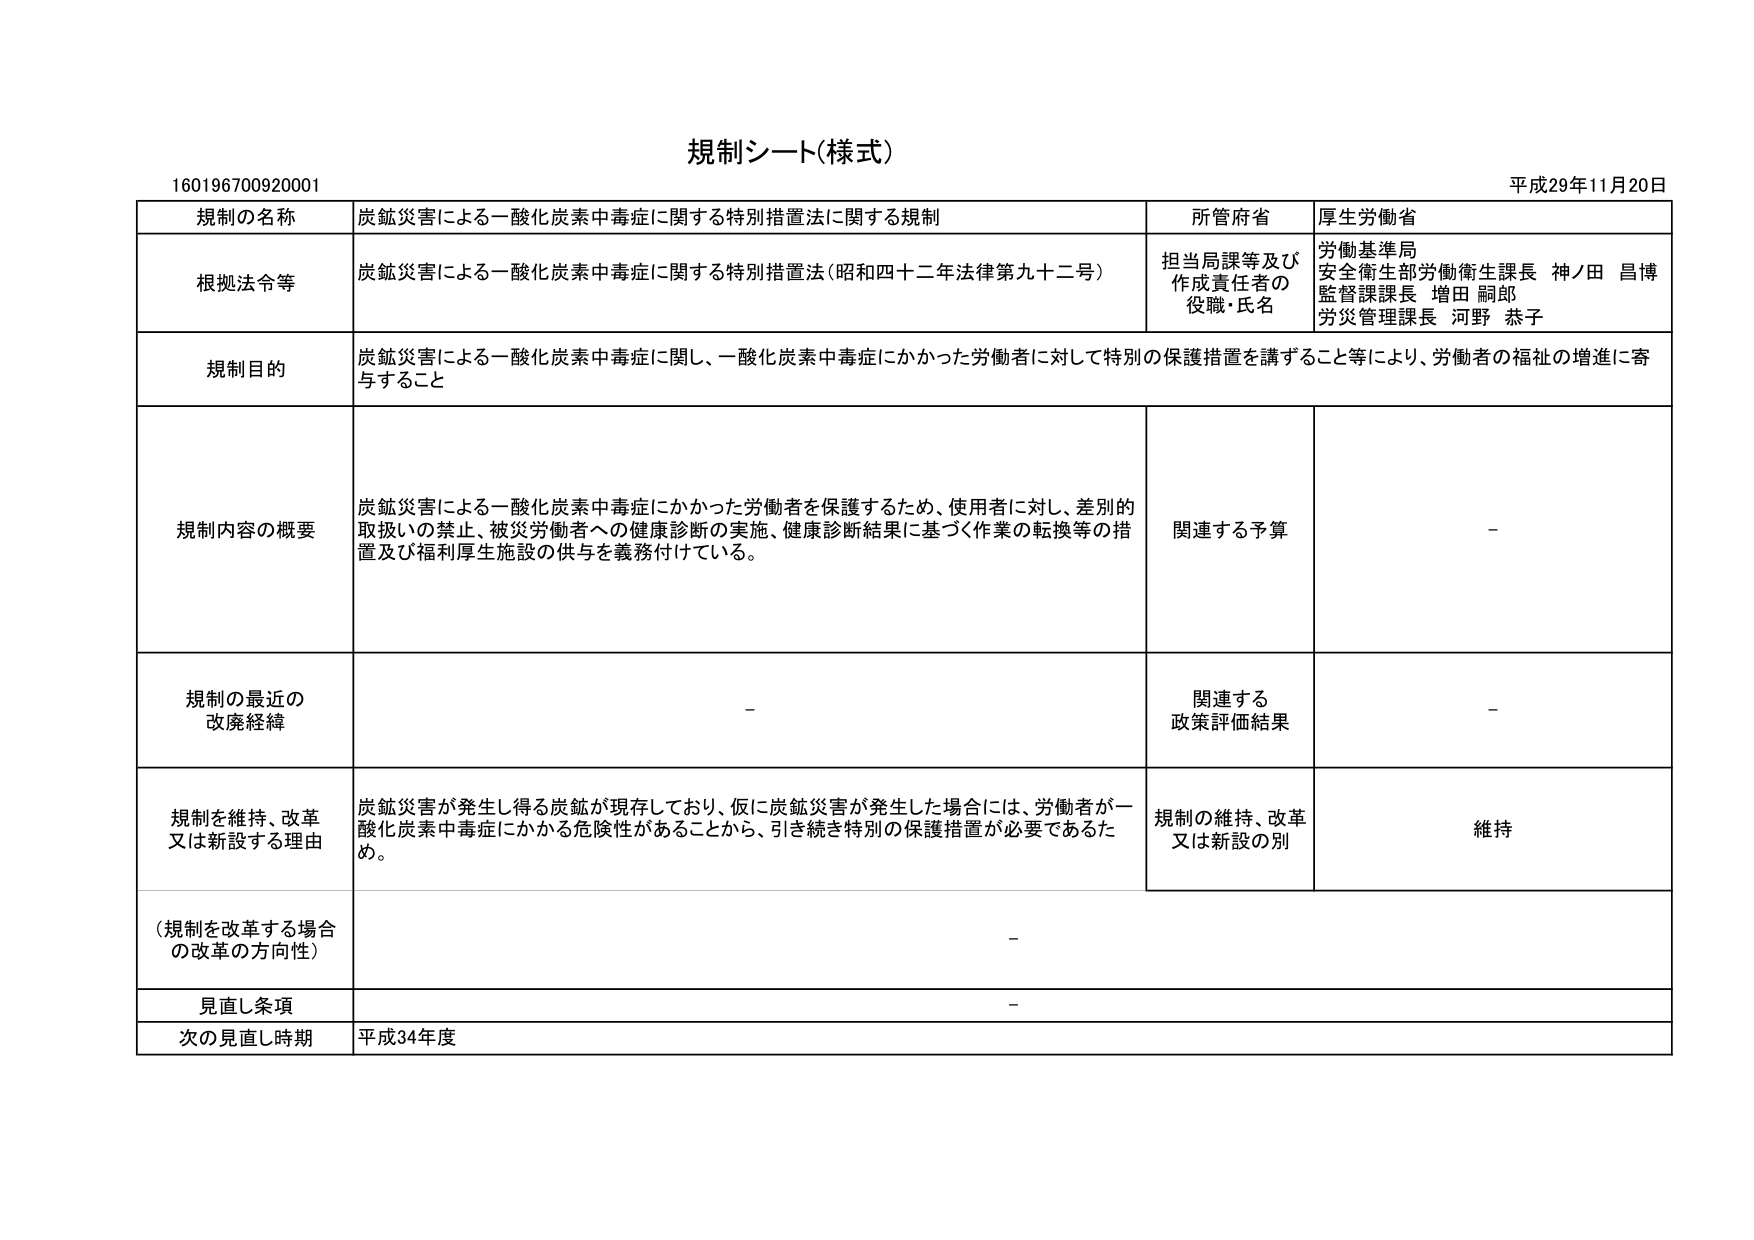
規制シート(様式)

160196700920001

平成29年11月20日

規制の名称　炭鉱災害による一酸化炭素中毒症に関する特別措置法に関する規制

所管府省　厚生労働省

根拠法令等　炭鉱災害による一酸化炭素中毒症に関する特別措置法(昭和四十二年法律第九十二号)

担当局課等及び作成責任者の役職・氏名　労働基準局
安全衛生部労働衛生課長 神ノ田 昌博
監督課課長 増田 嗣郎
労災管理課長 河野 恭子

規制目的　炭鉱災害による一酸化炭素中毒症に関し、一酸化炭素中毒症にかかった労働者に対して特別の保護措置を講ずること等により、労働者の福祉の増進に寄与すること

規制内容の概要　炭鉱災害による一酸化炭素中毒症にかかった労働者を保護するため、使用者に対し、差別的取扱いの禁止、被災労働者への健康診断の実施、健康診断結果に基づく作業の転換等の措置及び福利厚生施設の供与を義務付けている。

関連する予算　-

規制の最近の改廃経緯　-

関連する政策評価結果　-

規制を維持、改革又は新設する理由　炭鉱災害が発生し得る炭鉱が現存しており、仮に炭鉱災害が発生した場合には、労働者が一酸化炭素中毒症にかかる危険性があることから、引き続き特別の保護措置が必要であるため。

規制の維持、改革又は新設の別　維持

(規制を改革する場合の改革の方向性)　-

見直し条項　-

次の見直し時期　平成34年度